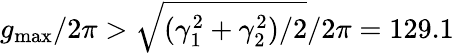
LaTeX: g_{\mathrm{max}}/2\pi>\sqrt{(\gamma_{1}^{2}+\gamma_{2}^{2})/2}/2\pi=129.1